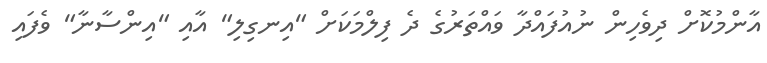
އާންމުކޮށް ދިވެހިން ނުއުފައްދާ ވައްތަރުގެ ދެ ފިލްމަކަށް "އިނގިލި" އާއި "އިންސާނާ" ވެފައި